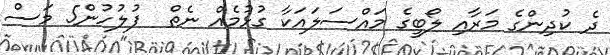
ދެ ކުދިންގެ މަރާއި ލޯބީގެ މައްސަލައަކާ ގުޅުމެއް ނެތް  ފުލުހުން5 މަސް